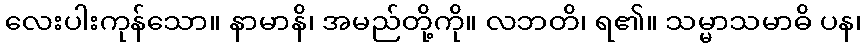
လေးပါးကုန်သော။ နာမာနိ၊ အမည်တို့ကို။ လဘတိ၊ ရ၏။ သမ္မာသမာဓိ ပန၊